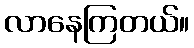
လာနေကြတယ်။